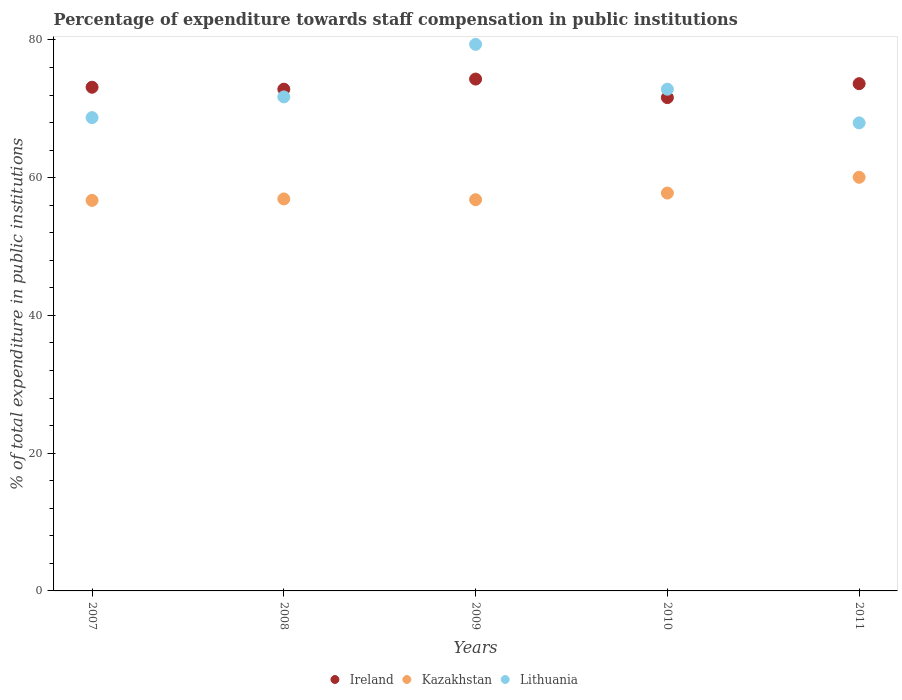
| Years | Ireland | Kazakhstan | Lithuania |
 | --- | --- | --- | --- |
 | 2007 | 73.1 | 56.7 | 68.7 |
 | 2008 | 72.9 | 56.9 | 71.7 |
 | 2009 | 74.3 | 56.8 | 79.4 |
 | 2010 | 71.6 | 57.8 | 72.9 |
 | 2011 | 73.7 | 60.1 | 68 |